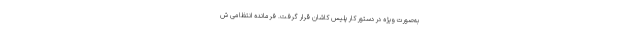
به‌صورت ویژه در دستور کار پلیس کاشان قرار گرفت. فرمانده انتظامی ش